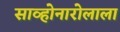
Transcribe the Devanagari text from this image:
साव्होनारोलाला